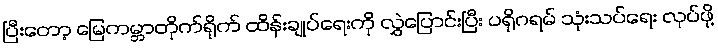
ပြီးတော့ မြေကမ္ဘာတိုက်ရိုက် ထိန်းချုပ်ရေးကို လွှဲပြောင်းပြီး ပရိုဂရမ် သုံးသပ်ရေး လုပ်ဖို့